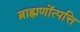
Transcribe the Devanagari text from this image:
ब्राह्मणोंत्पत्ति